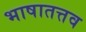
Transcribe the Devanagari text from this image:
भाषातत्तव